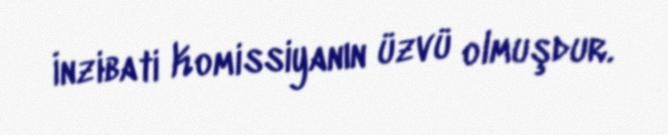
İnzibati Komissiyanın üzvü olmuşdur.